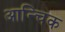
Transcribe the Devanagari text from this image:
आन्चिक